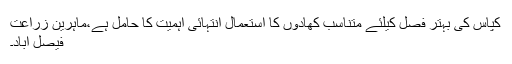
کپاس کی بہتر فصل کیلئے متناسب کھادوں کا استعمال انتہائی اہمیت کا حامل ہے،ماہرین زراعت
فیصل آباد۔